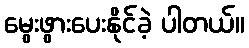
မွေးဖွားပေးနိုင်ခဲ့ ပါတယ်။